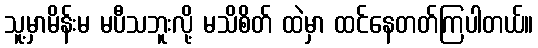
သူ့မှာမိန်းမ မပီသဘူးလို့ မသိစိတ် ထဲမှာ ထင်နေတတ်ကြပါတယ်။